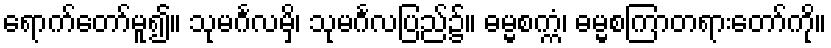
ရောက်တော်မူ၍။ သုမင်္ဂလမှိ၊ သုမင်္ဂလပြည်၌။ ဓမ္မစက္ကံ၊ ဓမ္မစကြာတရားတော်ကို။